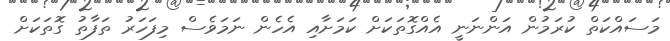
މަސައްކަތް ކުރަމުން އަންނަނީ އެއްގޮތަކަށް ކަމަށާއި އެހެން ނަމަވެސް މިފަހަރު ތަފާތު ގޮތަކަށް